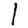
Digit: 1